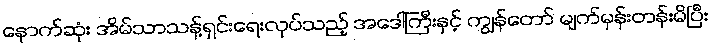
နောက်ဆုံး အိမ်သာသန့်ရှင်းရေးလုပ်သည့် အဒေါ်ကြီးနှင့် ကျွန်တော် မျက်မှန်းတန်းမိပြီး